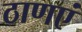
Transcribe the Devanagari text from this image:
ठाणएं